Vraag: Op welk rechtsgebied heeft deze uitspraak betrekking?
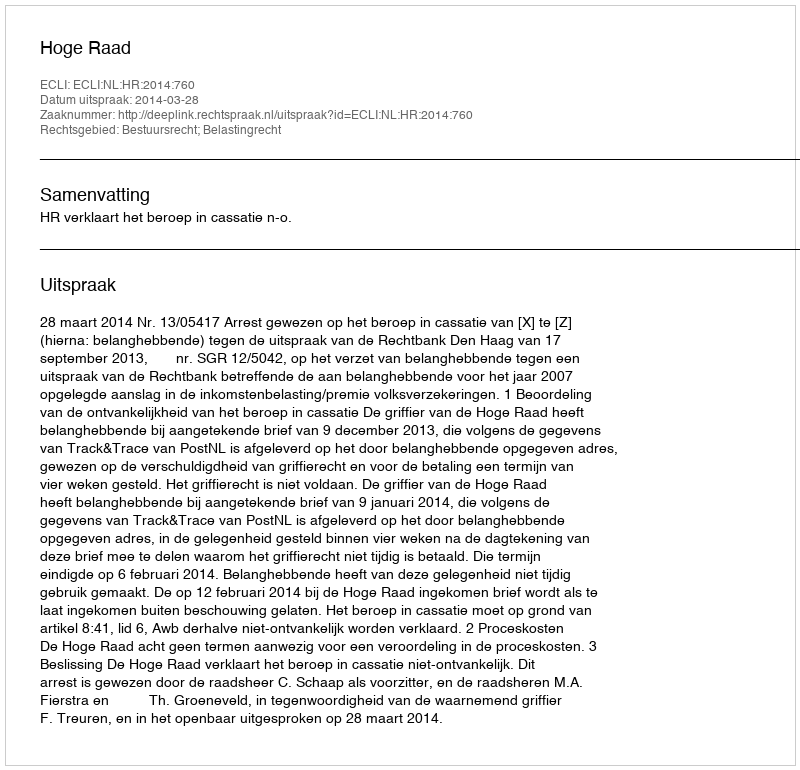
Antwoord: Bestuursrecht; Belastingrecht